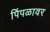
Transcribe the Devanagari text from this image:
पिंपळावर